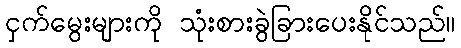
ငှက်မွေးများကို သုံးစားခွဲခြားပေးနိုင်သည်။